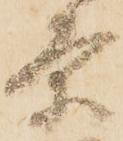
条